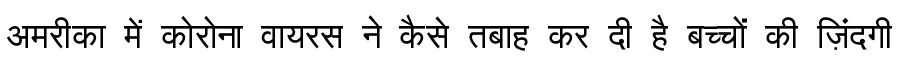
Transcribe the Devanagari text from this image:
अमरीका में कोरोना वायरस ने कैसे तबाह कर दी है बच्चों की ज़िंदगी